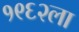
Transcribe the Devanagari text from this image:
१९६२ला